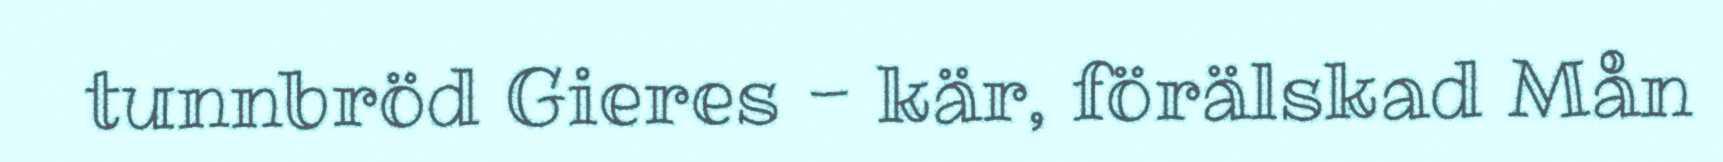
tunnbröd Gieres - kär, förälskad Mån